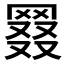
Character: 𦋖